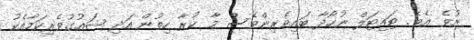
ނުވެ އެވެ. ޓައިޓަލް ނުހޯދާ ބައިވެރިންވެސް މާ ކުރާ ހިތުން އަދި ޝައުގުވެރިކަމާއެކު